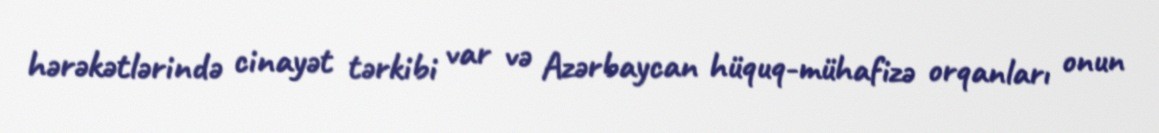
hərəkətlərində cinayət tərkibi var və Azərbaycan hüquq-mühafizə orqanları onun